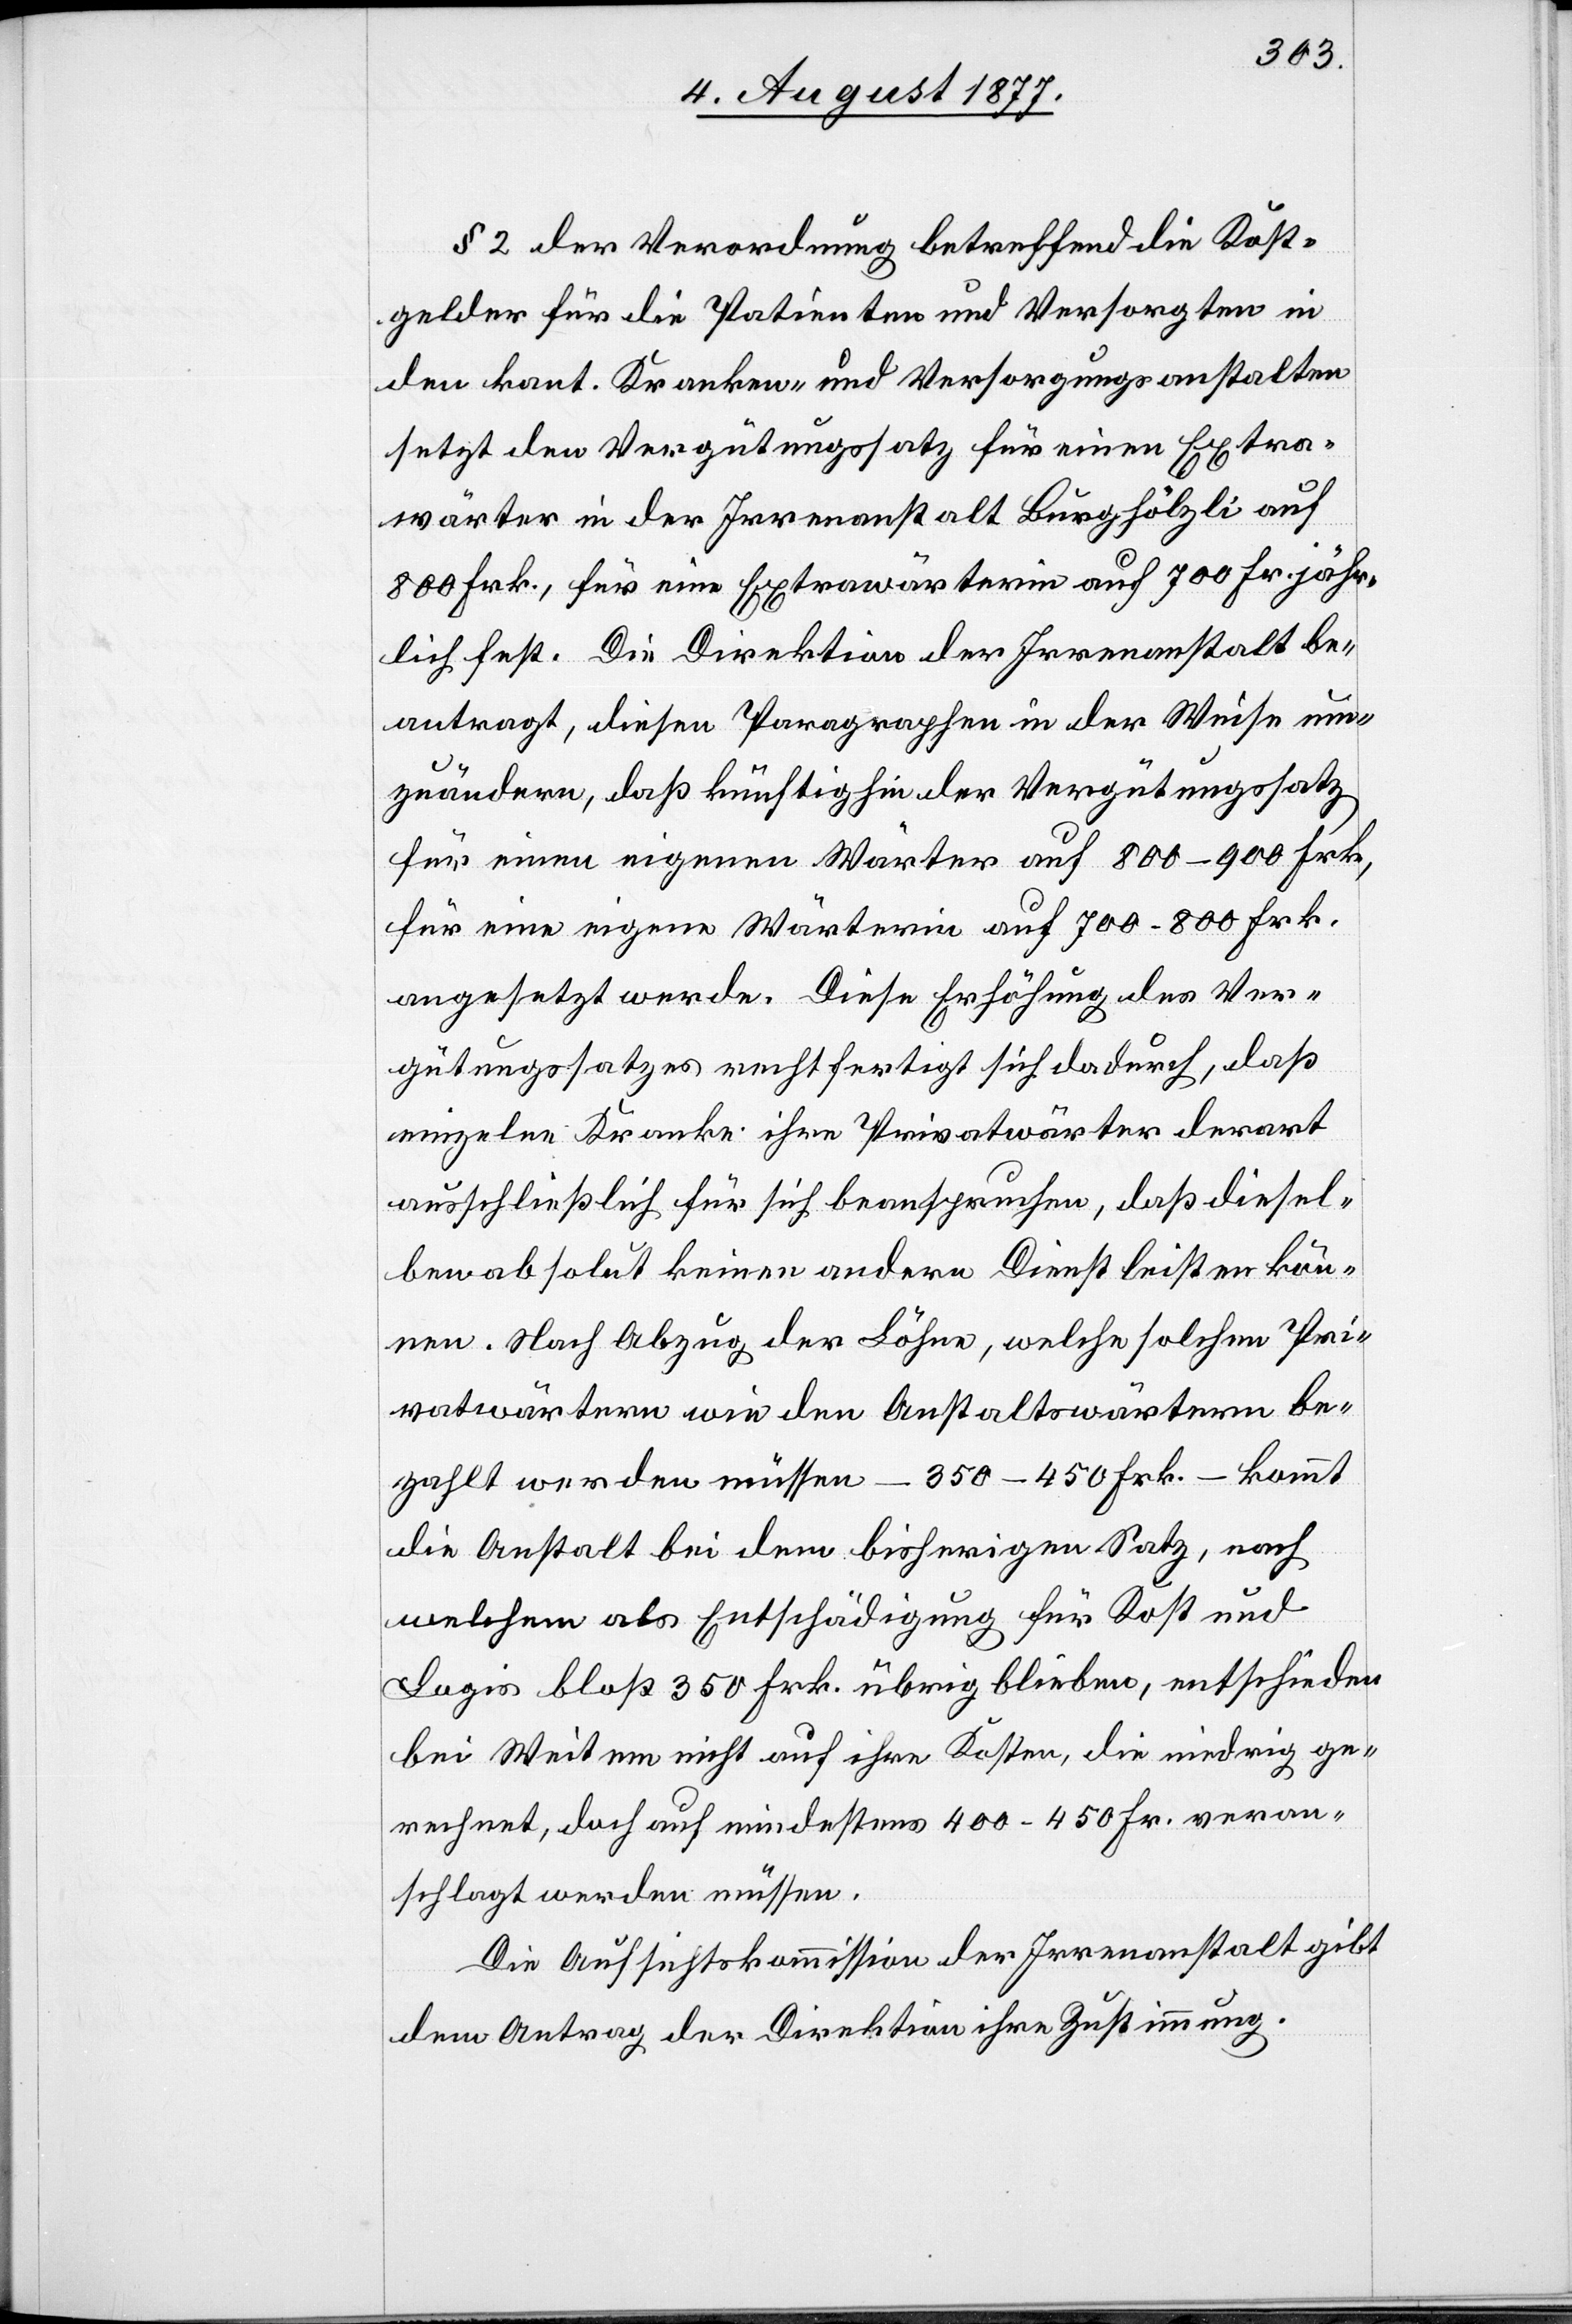
§ 2 der Verordnung betreffend die Kost¬
gelder für die Patienten und Versorgten in
den kant. Kranken- und Versorgungsanstalten
setzt den Vergütungssatz für einen Extra¬
wärter in der Irrenanstalt Burghölzli auf
800 Frk., für eine Extrawärterin auf 700 Fr. jähr¬
lich fest. Die Direktion der Irrenanstalt be¬
antragt, diesen Paragraphen in der Weise um¬
zuändern, daß künftighin der Vergütungssatz
für einen eigenen Wärter auf 800–900 Frk.,
für eine eigene Wärterin auf 700–800 Frk.
angesetzt werde. Diese Erhöhung des Ver¬
gütungssatzes rechtfertigt sich dadurch, daß
einzelne Kranke ihre Privatwärter derart
ausschließlich für sich beanspruchen, daß diesel¬
ben absolut keinen andern Dienst leisten kön¬
nen. Nach Abzug der Löhne, welche solchen Pri¬
vatwärtern wie den Anstaltswärtern be¬
zahlt werden müssen – 350–450 Frk. – kommt
die Anstalt bei dem bisherigen Satz, nach
welchem als Entschädigung für Kost und
Logis bloß 350 Frk. übrig blieben, entschieden
bei Weitem nicht auf ihre Kosten, die niedrig ge¬
rechnet, doch auf mindestens 400–450 Fr. veran¬
schlagt werden müssen.
Die Aufsichtskommission der Irrenanstalt gibt
dem Antrag der Direktion ihre Zustimmung.